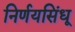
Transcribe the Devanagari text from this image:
निर्णयसिंधू